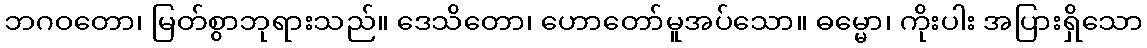
ဘဂဝတော၊ မြတ်စွာဘုရားသည်။ ဒေသိတော၊ ဟောတော်မူအပ်သော။ ဓမ္မော၊ ကိုးပါး အပြားရှိသော